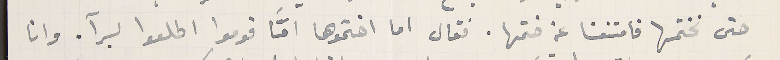
حتى نختمها فامتنعنا عن ختمها. فقال اما اختموها امَّا قوموا اطلعوا برآ. وانا